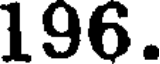
196.